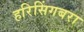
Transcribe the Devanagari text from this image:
हरिसिंगबरा